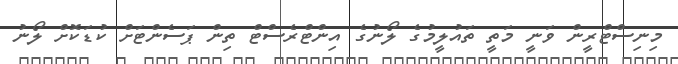
މިނިސްޓްރީން ވަނީ މަތީ ތައުލީމުގެ ލޯނުގެ އިންޓްރެސްޓް ތިން ޕަސެންޓަށް ކުޑަކޮށް ލޯނު